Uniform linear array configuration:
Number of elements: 12
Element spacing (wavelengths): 0.25
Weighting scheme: uniform
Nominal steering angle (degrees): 45
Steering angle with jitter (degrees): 44.184
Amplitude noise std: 0.05
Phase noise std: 0.05

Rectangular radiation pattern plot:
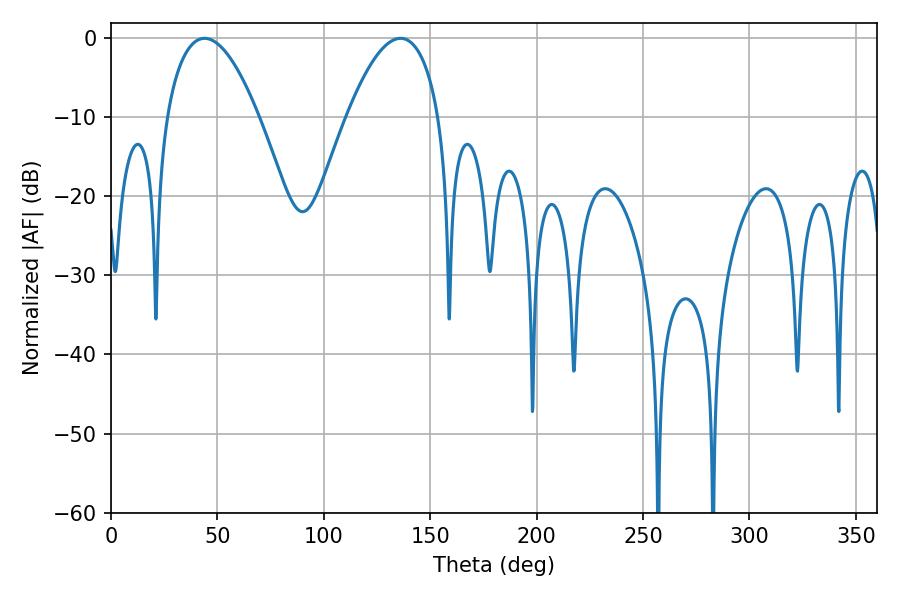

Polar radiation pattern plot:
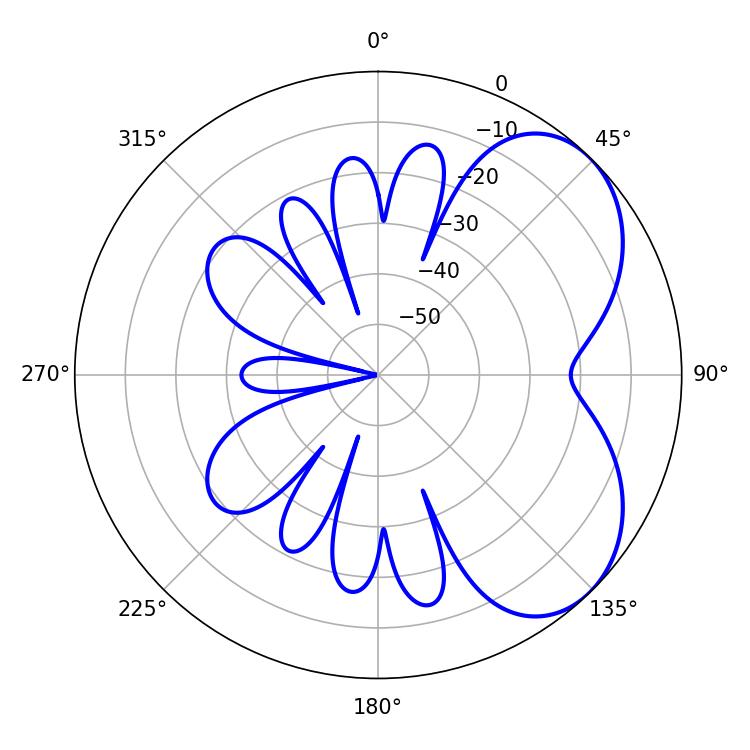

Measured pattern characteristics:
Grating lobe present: FALSE
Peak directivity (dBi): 4.998
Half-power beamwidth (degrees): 24.12
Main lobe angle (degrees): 43.92